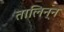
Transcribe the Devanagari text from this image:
तालिन्न